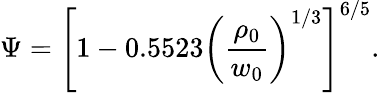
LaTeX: \Psi=\left[1-0.5523\left(\frac{\rho_{0}}{w_{0}}\right)^{1/3}\right]^{6/5}.